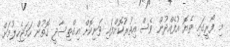
މި ފޯރީގައި ތެޔޮ އުފެއްދުން ވެސް އިތުރުކޮށްފައި ވަނިކޮށް އިގްތިސާދީ ގޮތުން ހަމަޖެހިލުމަށް